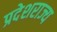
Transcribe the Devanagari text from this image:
प्रदेशराज्य